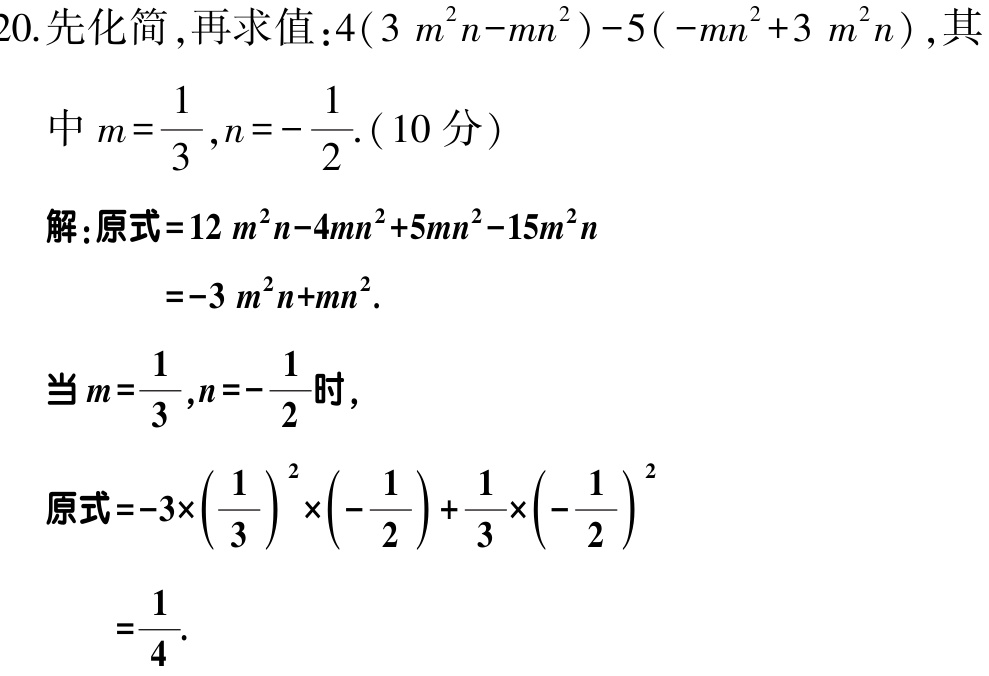
20. 先化简，再求值：\(4(3m^{2}n - mn^{2}) - 5(-mn^{2} + 3m^{2}n)\)，其
中\(m = \frac{1}{3}, n = -\frac{1}{2}\).（10 分）
解：原式\(= 12m^{2}n - 4mn^{2} + 5mn^{2} - 15m^{2}n\)
\(= -3m^{2}n + mn^{2}\).
当\(m = \frac{1}{3}, n = -\frac{1}{2}\)时，
原式\(= -3\times(\frac{1}{3})^{2}\times(-\frac{1}{2})+\frac{1}{3}\times(-\frac{1}{2})^{2}\)
\(=\frac{1}{4}\).